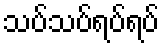
သပ်သပ်ရပ်ရပ်